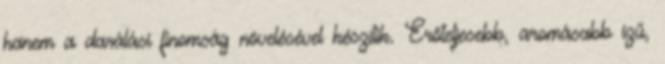
hanem a darálási finomság növelésével készítik. Erőteljesebb, aromásabb ízű,